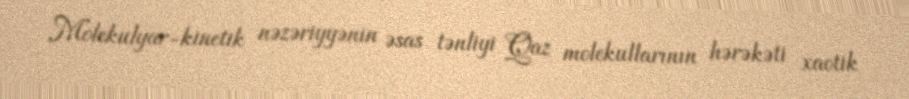
Molekulyar-kinetik nəzəriyyənin əsas tənliyi Qaz molekullarının hərəkəti xaotik